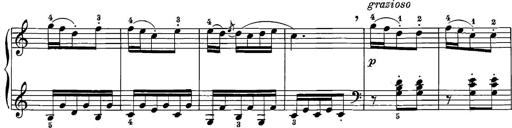
Title: 12 Sonatinas
Composer: Ignaz Pleyel